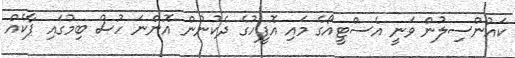
ކައުންސިލުން ވަނީ އެސްޓީއޯގެ މައި އޮފީހުގެ ދެކުނުން އޮންނަ ހުސް ބިމުގައި ޕާކެއް